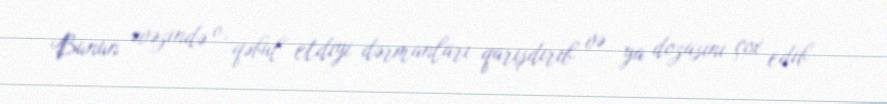
Bunun əvəzində o, qəbul etdiyi dərmanları qarışdırıb və ya dozasını çox edib